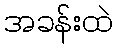
အခန်းထဲ